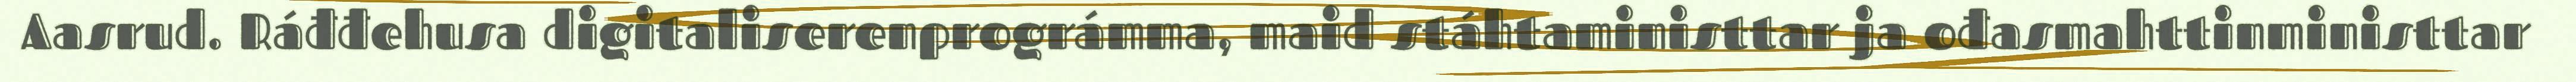
Aasrud. Ráđđehusa digitaliserenprográmma, maid stáhtaministtar ja ođasmahttinministtar